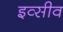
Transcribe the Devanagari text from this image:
इव्सीव